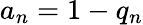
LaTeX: a_{n}=1-q_{n}